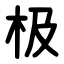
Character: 极